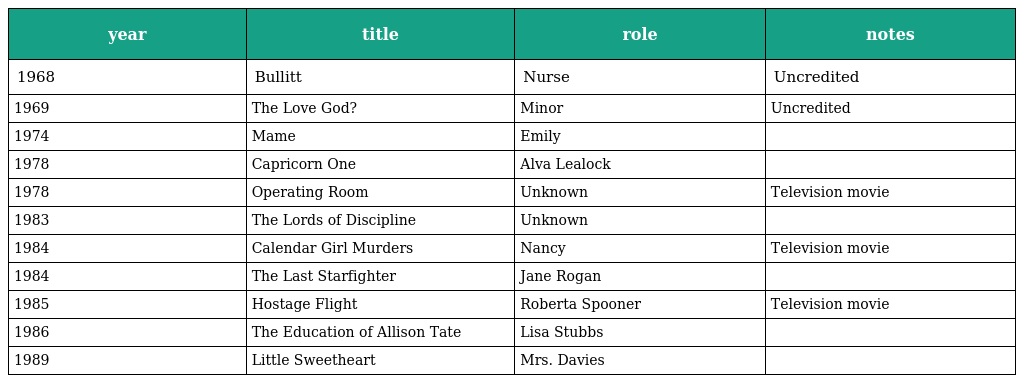
| year | title | role | notes |
 | --- | --- | --- | --- |
 | 1968 | Bullitt | Nurse | Uncredited |
 | 1969 | The Love God? | Minor | Uncredited |
 | 1974 | Mame | Emily |  |
 | 1978 | Capricorn One | Alva Lealock |  |
 | 1978 | Operating Room | Unknown | Television movie |
 | 1983 | The Lords of Discipline | Unknown |  |
 | 1984 | Calendar Girl Murders | Nancy | Television movie |
 | 1984 | The Last Starfighter | Jane Rogan |  |
 | 1985 | Hostage Flight | Roberta Spooner | Television movie |
 | 1986 | The Education of Allison Tate | Lisa Stubbs |  |
 | 1989 | Little Sweetheart | Mrs. Davies |  |